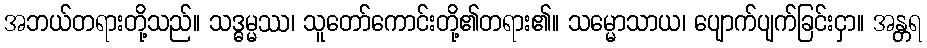
အဘယ်တရားတို့သည်။ သဒ္ဓမ္မဿ၊ သူတော်ကောင်းတို့၏တရား၏။ သမ္မောသာယ၊ ပျောက်ပျက်ခြင်းငှာ။ အန္တရ